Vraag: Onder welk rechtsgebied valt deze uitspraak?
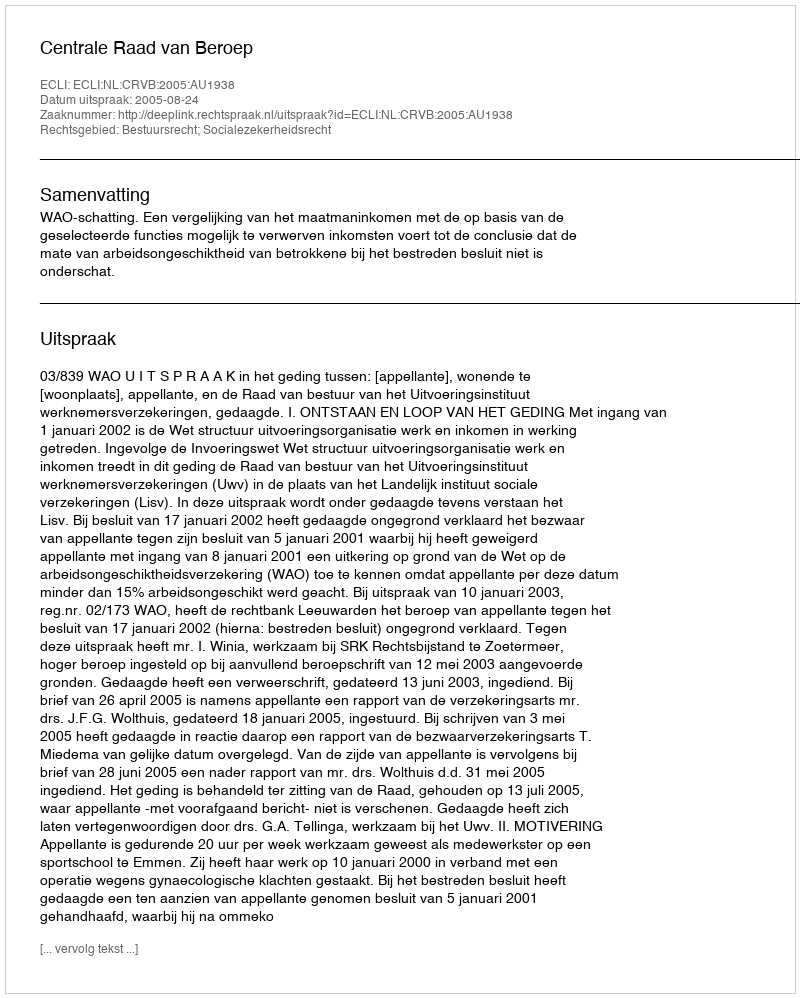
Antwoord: Bestuursrecht; Socialezekerheidsrecht